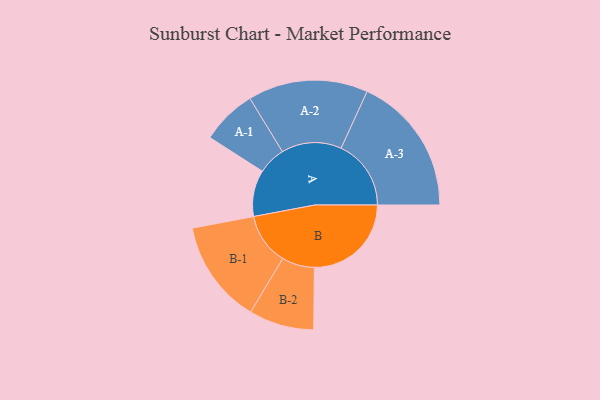
{"axis": {"x": "Segment", "y": "Value"}, "legend": ["", "A", "B"], "data": [{"x": "A", "y": 191, "type": ""}, {"x": "B", "y": 399, "type": ""}, {"x": "A-1", "y": 114, "type": "A"}, {"x": "A-2", "y": 247, "type": "A"}, {"x": "A-3", "y": 288, "type": "A"}, {"x": "B-1", "y": 213, "type": "B"}, {"x": "B-2", "y": 134, "type": "B"}]}